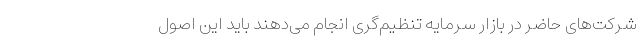
شرکت‌های حاضر در بازار سرمایه تنظیم‌گری انجام می‌دهند باید این اصول